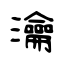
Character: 瀹